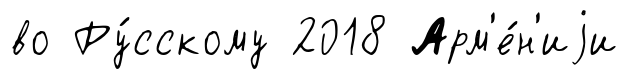
во Ру́сскому 2018 Арм'е́н'иjи